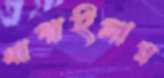
খাপাইলাম